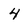
Character: 4